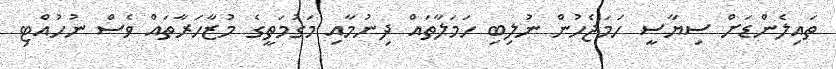
ތައިލެންޑަށް ސިޔާސީ ހަމަޖެހުން ނުލިބި ހަމަލާތައް ދިނުމާއި މަގުމަތީގެ މުޒާހަރާތައް ވެސް ނުހުއްޓި